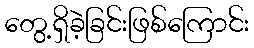
တွေ့ရှိခဲ့ခြင်းဖြစ်ကြောင်း